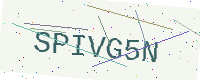
Text: SPIVG5N